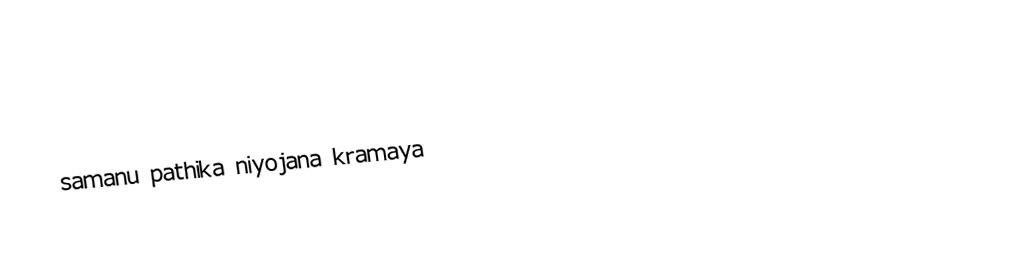
samanu pathika niyojana kramaya